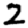
Digit: 2